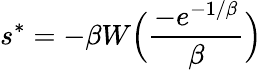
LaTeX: {s^{*}}=-\beta W\Bigl(\frac{-e^{-1/\beta}}{\beta}\Bigr)